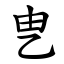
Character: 㐕